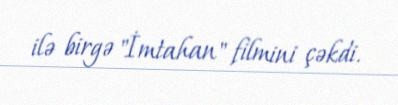
ilə birgə "İmtahan" filmini çəkdi.